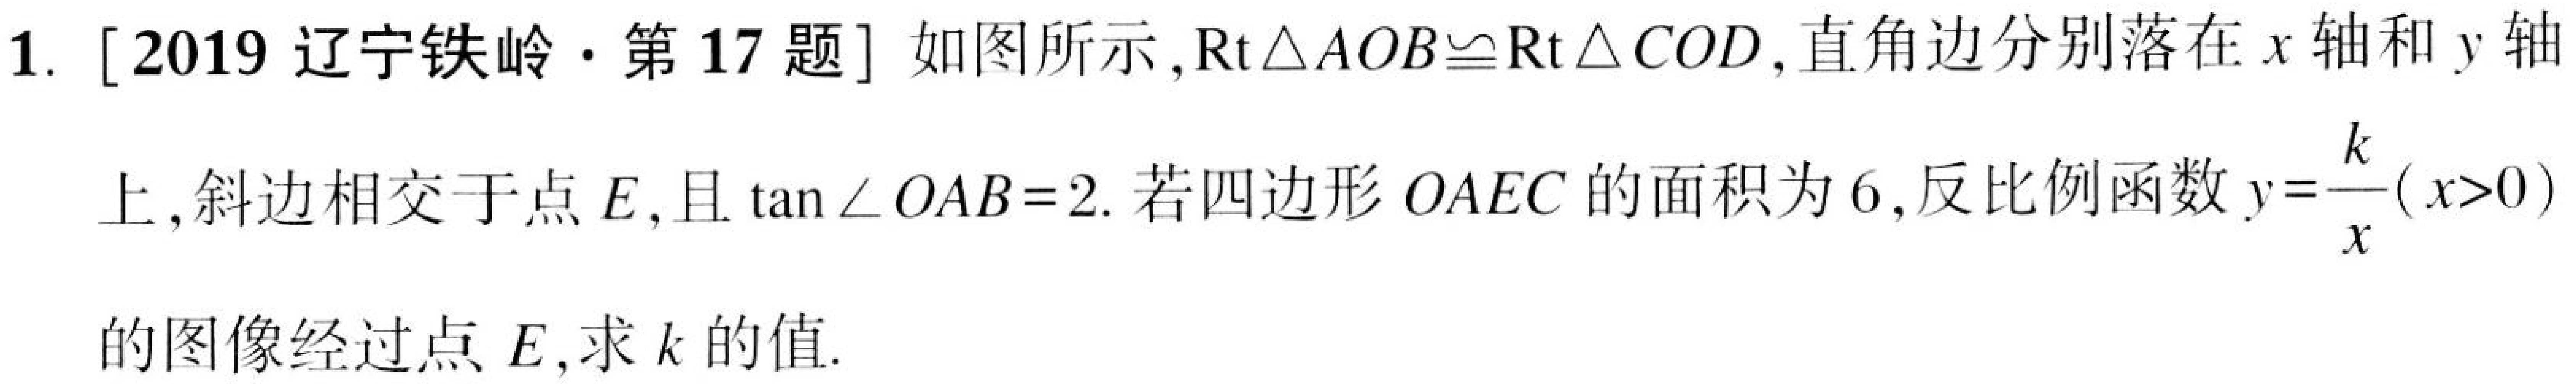
1. [2019辽宁铁岭·第17题]如图所示,$\text{Rt}\triangle AOB\cong\text{Rt}\triangle COD$,直角边分别落在$x$轴和$y$轴
上,斜边相交于点$E$,且$\tan\angle OAB = 2$.若四边形$OAEC$的面积为$6$,反比例函数$y=\dfrac{k}{x}(x > 0)$
的图像经过点$E$,求$k$的值.